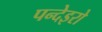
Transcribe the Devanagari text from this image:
पन्देइरो